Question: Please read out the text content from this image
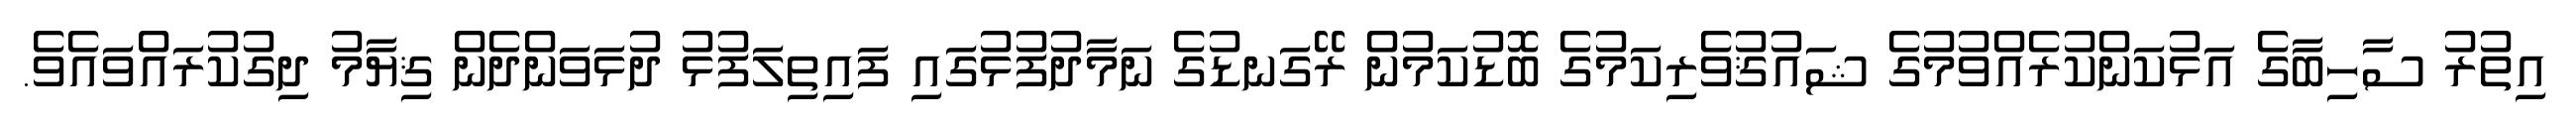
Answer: އިތުރު ސާހިބާގެ އަޅުކަންކުރެއްވުމުގެ ޝައުޤުވެރިކަމުގެ ބޮޑުކަމުން ރޭގަނޑުގެ ނަމާދުފުޅުގައި ފައިތިލަފުޅު ދުޅަވަންދެން ޤިޔާމު ދިގުކުރައްވައެވެ.